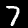
Label: 7